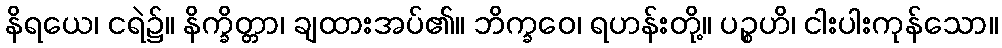
နိရယေ၊ ငရဲ၌။ နိက္ခိတ္တာ၊ ချထားအပ်၏။ ဘိက္ခဝေ၊ ရဟန်းတို့။ ပဉ္စဟိ၊ ငါးပါးကုန်သော။